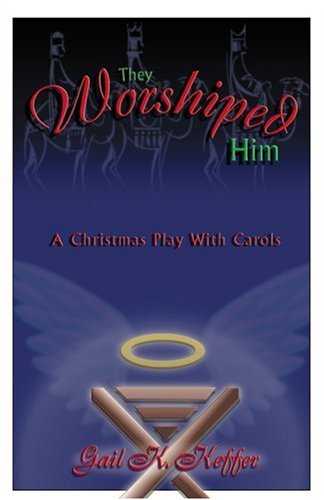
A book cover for They Worshiped Him; Gail K. Keffer; Literature & Fiction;